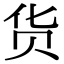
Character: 货